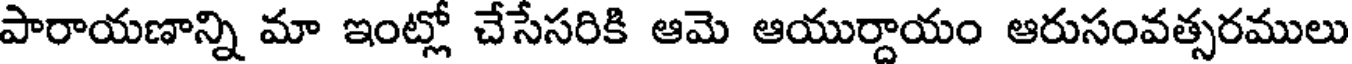
పారాయణాన్ని మా ఇంట్లో చేసేసరికి ఆమె ఆయుర్దాయం ఆరుసంవత్సరములు